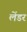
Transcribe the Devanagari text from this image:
लेंडर